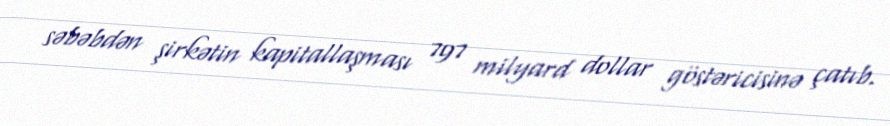
səbəbdən şirkətin kapitallaşması 797 milyard dollar göstəricisinə çatıb.